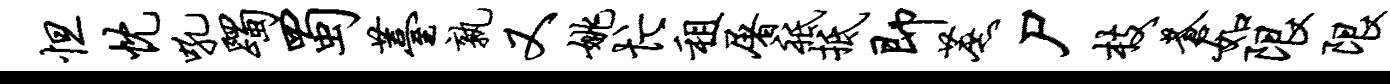
怛忱吼躅蜀薹孰又姚忙租屠祗抵即蔗尸枝苍如限限